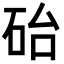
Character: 𪿘